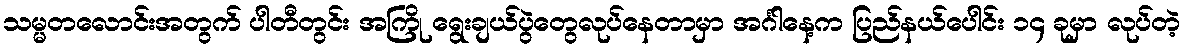
သမ္မတလောင်းအတွက် ပါတီတွင်း အကြို ရွေးချယ်ပွဲတွေလုပ်နေတာမှာ အင်္ဂါနေ့က ပြည်နယ်ပေါင်း ၁၄ ခုမှာ လုပ်တဲ့